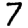
Digit: 7